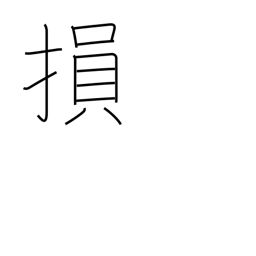
Meaning: damage